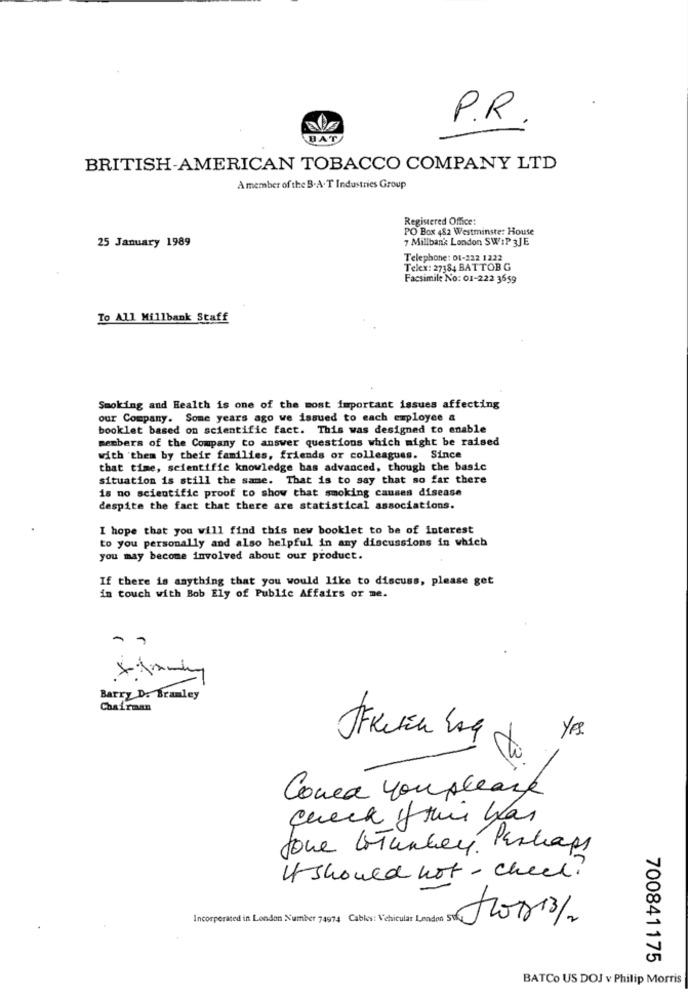
P.R.
BAT
BRITISH-AMERICAN TOBACCO COMPANY LTD
Amember of the B.A. T Industries Group
Registered Office:
PO Box 482 Westminster House
7 Millbank London SWIP 3JE
25 January 1989
Telephone: 01-222 1222
Telex: 27384 BATTOB G
Facsimile No: 01-222 3659
To All Millbank Staff
Smoking and Health is one of the most important issues affecting
our Company. Some years ago we issued to each employee a
booklet based on scientific fact. This was designed to enable
members of the Company to answer questions which might be raised
with them by their families, friends or colleagues. Since
that time, scientific knowledge bas advanced, though the basic
situation is still the same. That is to say that so far there
is no scientific proof to show that smoking causes disease
despite the fact that there are statistical associations.
I hope that you will find this new booklet to be of interest
to you personally and also helpful in any discussions in which
you may become involved about our product.
If there is anything that you would like to discuss, please get
in touch with Bob Ely of Public Affairs or me.
X
Barry D. Bramley
Chairman
YES.
JFKetEn Lag
Corea you please
Joue loturkey. Perhaps
I should not - cheek?
Jos 13/2
700841175
BATCo US DOJ v Philip Morris